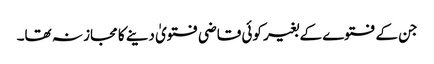
جن کے فتوے کے بغیر کوئی قاضی فتویٰ دینے کا مجاز نہ تھا۔